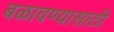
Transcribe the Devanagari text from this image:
बळावण्यासाठी